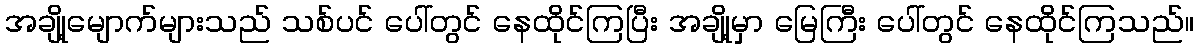
အချို့မျောက်များသည် သစ်ပင် ပေါ်တွင် နေထိုင်ကြပြီး အချို့မှာ မြေကြီး ပေါ်တွင် နေထိုင်ကြသည်။